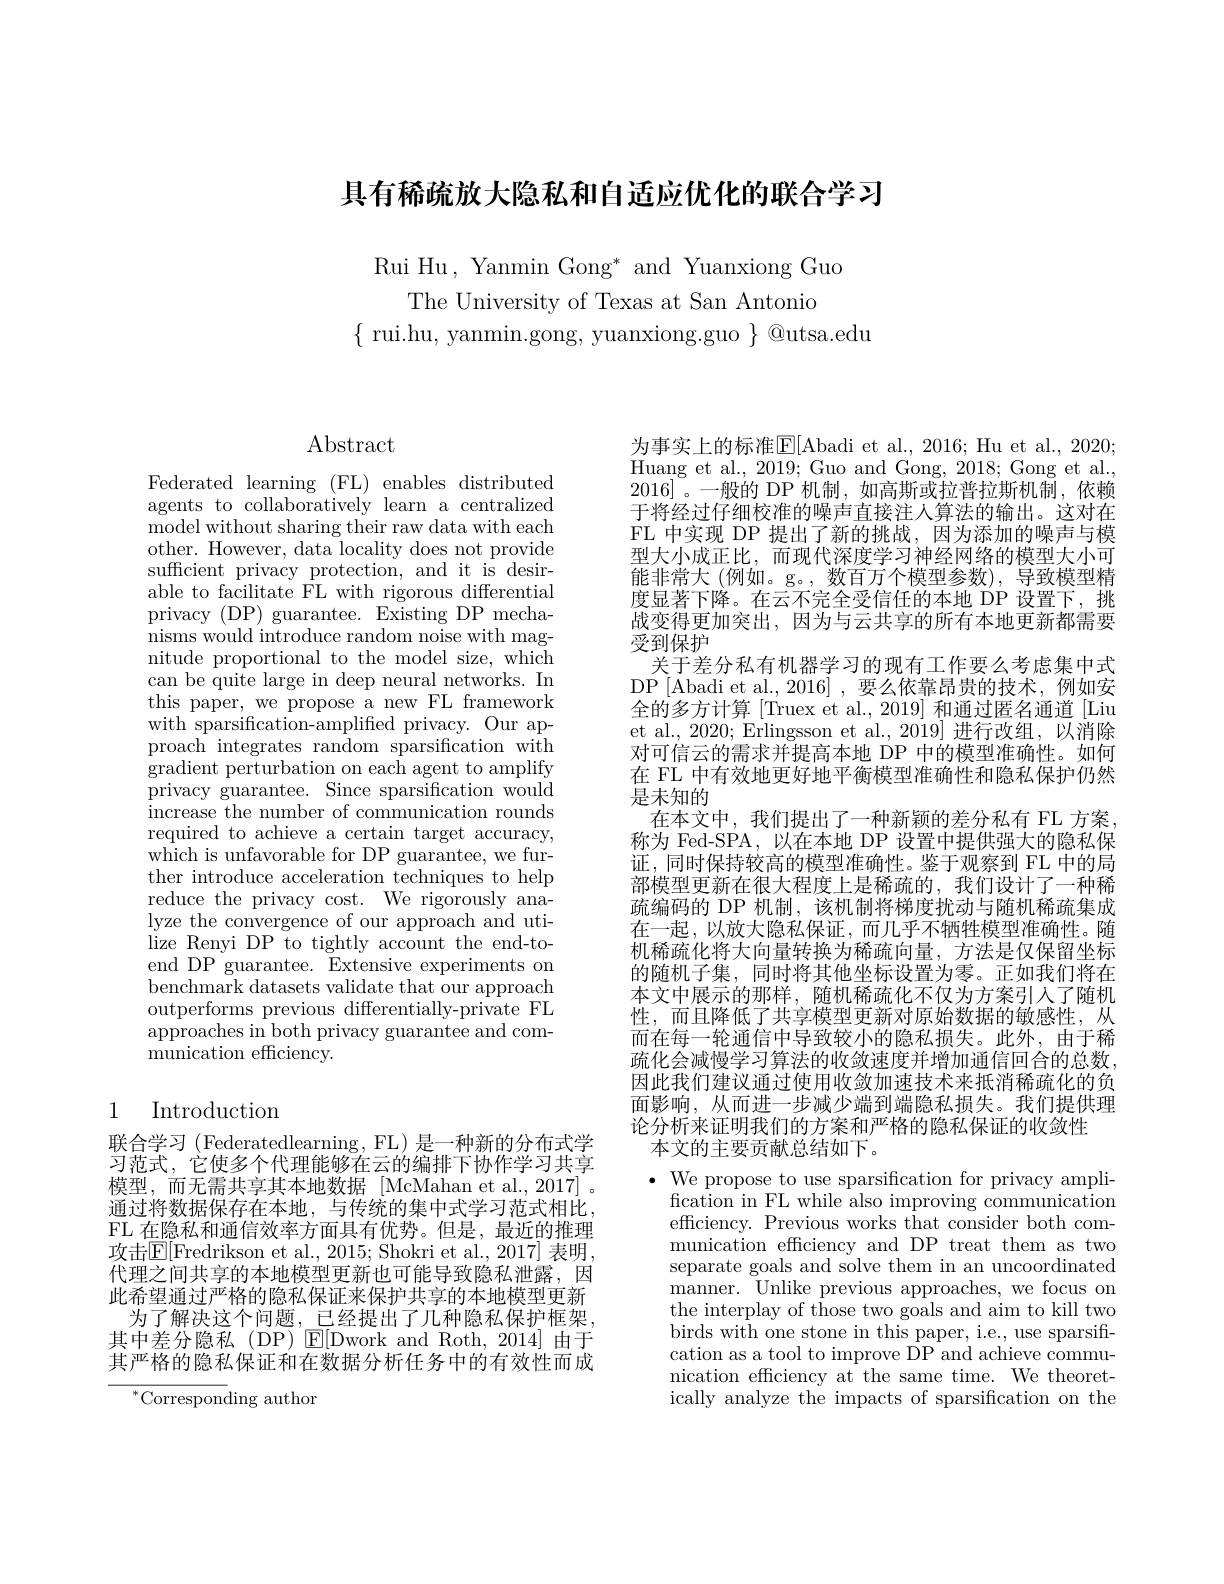
具有稀疏放大隐私和自适应优化的联合学习

Rui Hu , Yanmin Gong* and Yuanxiong Guo
The University of Texas at San Antonio
$\{$ rui.hu, yanmin.gong, yuanxiong.guo $\}$ @utsa.edu

# $\operatorname{Abstract}$

Federated learning (FL) enables distributed agents to collaboratively learn a centralized model without sharing their raw data with each other. However, data locality does not provide sufficient privacy protection, and it is desirable to facilitate FL with rigorous differential privacy (DP) guarantee. Existing DP mechanisms would introduce random noise with magnitude proportional to the model size, which can be quite large in deep neural networks. In this paper, we propose a new FL framework with sparsification-amplified privacy. Our approach integrates random sparsification with $\overset{.}{\operatorname*{\operatorname*{gradient}}}{\operatorname*{perturbation}}$on each agent to amplify privacy guarantee. Since sparsification would increase the number of communication rounds required to achieve a certain target accuracy, which is unfavorable for DP guarantee, we further introduce acceleration techniques to help reduce the privacy cost. We rigorously analyze the convergence of our approach and utilize Renyi DP to tightly account the end-toend DP guarantee. Extensive experiments on benchmark datasets validate that our approach outperforms previous differentially-private FL ${\mathrm{approaches~in~both~privacy~guarantee~and~com-}}$ munication efficiency.

# 1 Introduction

联合学习(Federatedlearning, FL)是一种新的分布式学习范式，它使多个代理能够在云的编排下协作学习共享模型，而无需共享其本地数据[McMahan et al.,2017]。通过将数据保存在本地，与传统的集中式学习范式相比， FL 在隐私和通信效率方面具有优势。但是，最近的推理攻击$\mathbb{E}[$Fredrikson et al., 2015; Shokri et al., 2017] 表明， 代理之间共享的本地模型更新也可能导致隐私泄露，因此希望通过严格的隐私保证来保护共享的本地模型更新为了解决这个问题，已经提出了几种隐私保护框架， 其中差分隐私(DP) E|Dwork and Roth, 2014]由于其严格的隐私保证和在数据分析任务中的有效性而成

$^{*}$Corresponding author

为事实上的标准$\boxed{\mathrm{E}}[$Abadi et al., 2016; Hu et al., 2020; Huang et al., 2019; Guo and Gong, 2018; Gong et al., 2016]。一般的 DP 机制，如高斯或拉普拉斯机制，依赖于将经过仔细校准的噪声直接注人算法的输出。这对在FL 中实现 DP 提出了新的挑战，因为添加的噪声与模型大小成正比，而现代深度学习神经网络的模型大小可能非常大 (例如。g。, 数百万个模型参数),导致模型精度显著下降。在云不完全受信任的本地 DP 设置下，挑战变得更加突出，因为与云共享的所有本地更新都需要受到保护
关于差分私有机器学习的现有工作要么考虑集中式DP[Abadi et al.,2016],要么依靠昂贵的技术，例如安全的多方计算 [Truex et al., 2019] 和通过匿名通道 [Liu et al., 2020; Erlingsson et al., 2019] 进行改组，以消除对可信云的需求并提高本地 DP 中的模型准确性。如何在 FL 中有效地更好地平衡模型准确性和隐私保护仍然是未知的
在本文中，我们提出了一种新颖的差分私有 FL 方案， 称为 Fed-SPA,以在本地 DP 设置中提供强大的隐私保证，同时保持较高的模型准确性。鉴于观察到 FL 中的局部模型更新在很大程度上是稀疏的，我们设计了一种稀疏编码的 DP 机制，该机制将梯度扰动与随机稀疏集成在一起，以放大隐私保证，而几乎不牺牲模型准确性。随机稀疏化将大向量转换为稀疏向量，方法是仅保留坐标的随机子集，同时将其他坐标设置为零。正如我们将在本文中展示的那样，随机稀疏化不仅为方案引入了随机性，而且降低了共享模型更新对原始数据的敏感性，从而在每一轮通信中导致较小的隐私损失。此外，由于稀疏化会减慢学习算法的收敛速度并增加通信回合的总数， 因此我们建议通过使用收敛加速技术来抵消稀疏化的负面影响，从而进一步减少端到端隐私损失。我们提供理论分析来证明我们的方案和严格的隐私保证的收敛性
本文的主要贡献总结如下。
$\bullet$ We propose to use sparsification for privacy ampli-

fcation in FL while also improving communication efficiency. Previous works that consider both communication efficiency and DP treat them as two separate goals and solve them in an uncoordinated manner. Unlike previous approaches, we focus on the interplay of those two goals and aim to kill two birds with one stone in this paper, i.e., use sparsification as a tool to improve DP and achieve communication efficiency at the same time. We theoretically analyze the impacts of sparsification on the